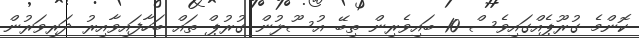
ކޮންމެ ގުރޫޕެއްގައިވެސް 10 ބައިވެރިން ތިބޭ އުސޫލުން ގުރުޕް ތައް ބަހާފައިވާއިރު ދަރިވަރުން